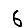
Digit: 6